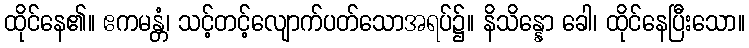
ထိုင်နေ၏။ ဧကမန္တံ၊ သင့်တင့်လျောက်ပတ်သောအရပ်၌။ နိသိန္နော ခေါ၊ ထိုင်နေပြီးသော။